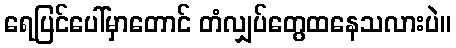
ရေပြင်ပေါ်မှာတောင် တံလျှပ်တွေထနေသလားပဲ။